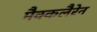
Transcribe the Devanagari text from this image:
मैक्कलैरेन